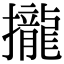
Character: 攏